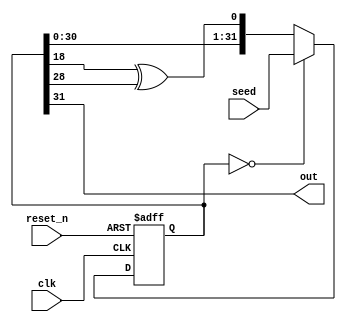

//
// Pseudo-Random Binary Sequence generator.
//
// Based on LFSR, x^29 + x^19 + 1.
//
module prbs_gen(
    // Initial out stream bits.
    // Is applied immediately after reset.
    input wire[31:0] seed,
    // Output bit stream.
    output wire out,

    input wire clk,
    input wire reset_n
);
    reg[31:0] flops;
    wire[31:0] next_flops;

    assign next_flops = flops == 32'b0 ? seed
                                       : {flops[30:0], flops[18] ^ flops[28]};

    always @(posedge clk or negedge reset_n) begin
        if (~reset_n) begin
            flops <= 32'b0;
        end
        else begin
            flops <= next_flops;
        end
    end

    assign out = flops[31];

endmodule